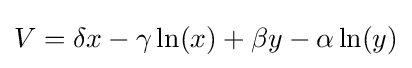
V=\delta x-\gamma \ln(x)+\beta y-\alpha \ln(y)